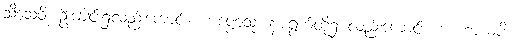
သီသေဝိ၊ ဦးခေါင်း၌လည်းကောင်း။ ကဏ္ဏေသု၊ နားရွက်တို့၌ လည်းကောင်း။ ဗာဟာယံပိ၊